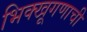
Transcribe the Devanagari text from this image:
भिक्खूगणाची